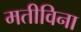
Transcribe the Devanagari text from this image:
मतीविना